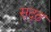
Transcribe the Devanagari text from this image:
सृदृढ़